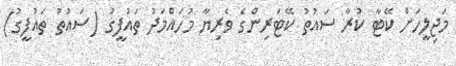
މަޖިލީހަށް ކޭޓާ ކުރާ ސައުތު ކޭޓަރިންގެ ވެރިޔާ މުހައްމަދު ތައުފީގު (ސައުތު ތައުފީގު)